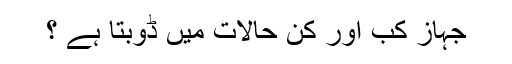
جہاز کب اور کن حالات میں ڈوبتا ہے ؟